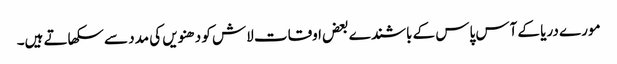
مورے دریا کے آس پاس کے باشندے بعض اوقات لاش کو دھنویں کی مدد سے سکھاتے ہیں۔